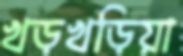
খড়খড়িয়া